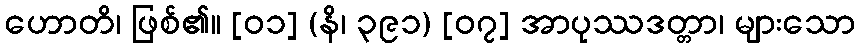
ဟောတိ၊ ဖြစ်၏။ [၀၁] (နိ၊ ၃၉၁) [၀၇] အာပုဿဒတ္တာ၊ များသော